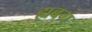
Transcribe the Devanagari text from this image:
ह्यबग